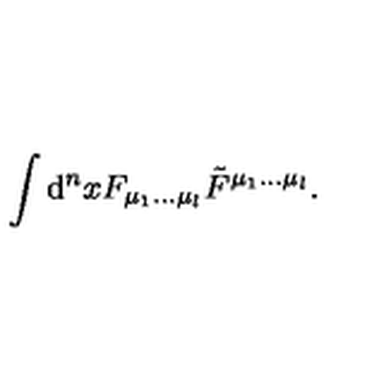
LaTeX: \int \mathrm { d } ^ { n } x F _ { \mu _ { 1 } \ldots \mu _ { l } } \tilde { F } ^ { \mu _ { 1 } \ldots \mu _ { l } } .